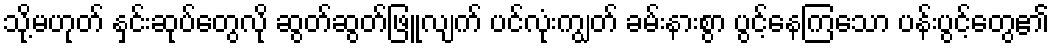
သို့မဟုတ် နှင်းဆုပ်တွေလို ဆွတ်ဆွတ်ဖြူလျက် ပင်လုံးကျွတ် ခမ်းနားစွာ ပွင့်နေကြသော ပန်းပွင့်တွေ၏